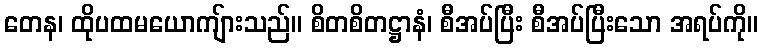
တေန၊ ထိုပထမယောကျ်ားသည်။ စိတစိတဋ္ဌာနံ၊ စီအပ်ပြီး စီအပ်ပြီးသော အရပ်ကို။